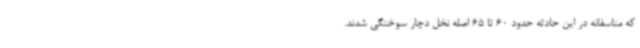
که متاسفانه در این حادثه حدود 60 تا 65 اصله نخل دچار سوختگی شدند.